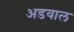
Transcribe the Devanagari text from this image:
अडवाल